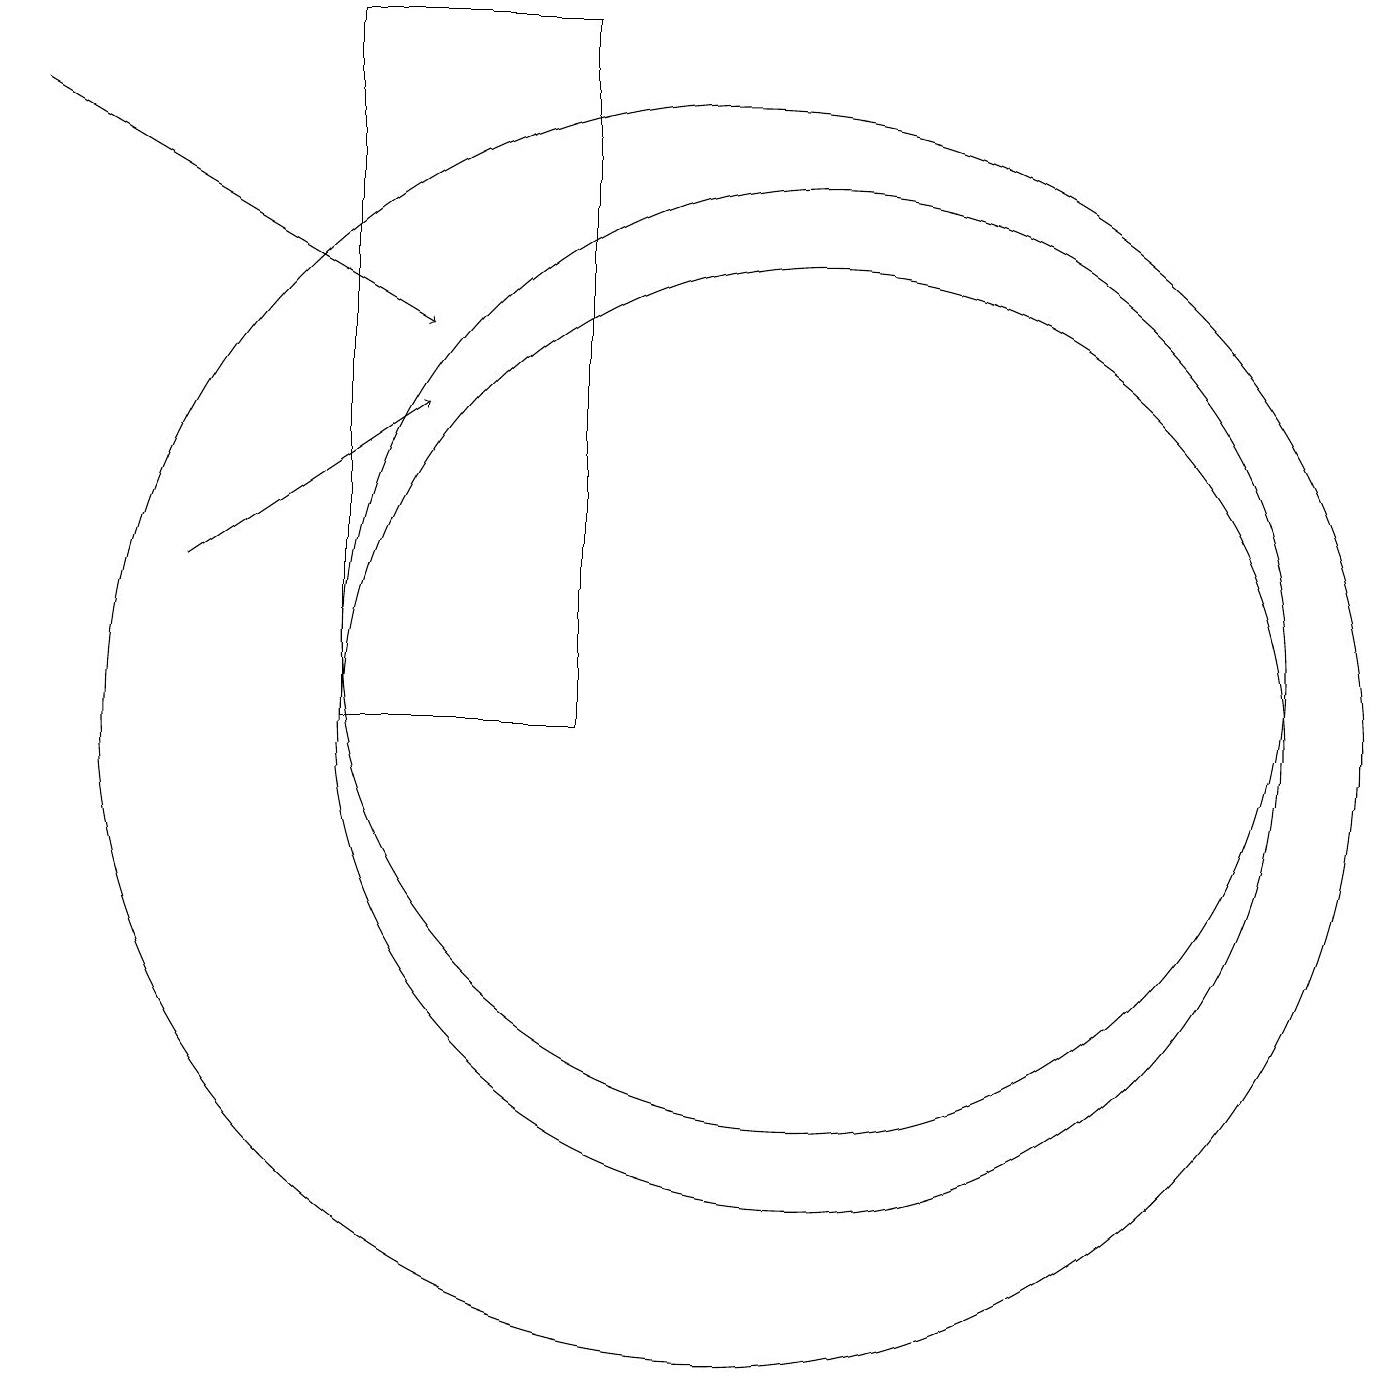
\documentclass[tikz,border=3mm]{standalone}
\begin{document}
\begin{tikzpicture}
\draw[->] (3,12) -- (6,14);
\draw (8,19) rectangle (5,10);
\draw (10,10) circle (8);
\draw (11,11) circle (6);
\draw (11,10) circle (6);
\draw[->] (1,18) -- (6,15);
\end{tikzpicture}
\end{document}